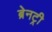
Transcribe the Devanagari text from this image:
ब्रेनट्री